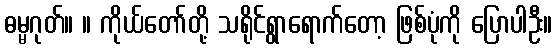
ဓမ္မဂုတ်။ ။ ကိုယ်တော်တို့ သရိုင်ရွာရောက်တော့ ဖြစ်ပုံကို ပြောပါဦး။